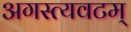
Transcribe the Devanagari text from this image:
अगस्त्यवटम्